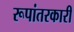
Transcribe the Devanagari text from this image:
रूपांतरकारी